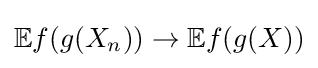
\mathbb {E} f(g(X_{n}))\to \mathbb {E} f(g(X))